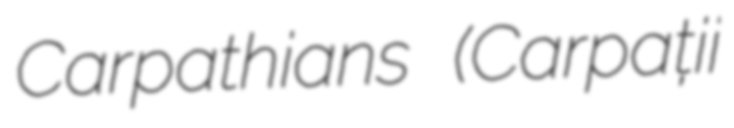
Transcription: Carpathians (Carpații